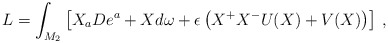
\begin{align*}\hspace*{-0.8truecm}L = \int_{M_2} \left[ X_a De^a + X d\omega + \epsilon \left(X^+X^-U(X)+V(X)\right) \right]\,,\end{align*}